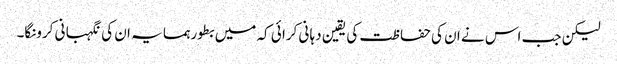
لیکن جب اس نے ان کی حفا ظت کی یقین دہا نی کرا ئی کہ میں بطور ہمسا یہ ان کی نگہبا نی کرونگا۔